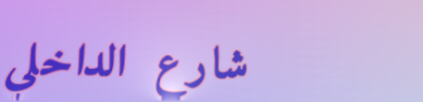
شارع الداخلي